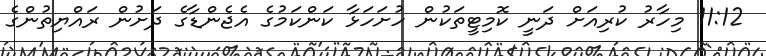
11:12 މިހާރު ކުރިއަށް ދަނީ ކޮމިޓީތަކުން ހުށަހަޅާ ކަންކަމުގެ އެޖެންޑާގެ ދަށުން ރައްޔިތުންގެ